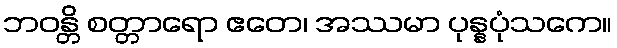
ဘဝန္တိ စတ္တာရော ဧတေ၊ အဿမာ ပုန္နပုံသကေ။